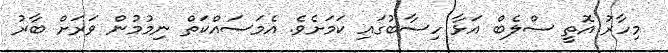
މިހާރު އޮތީ ސްލެބް އަޅާ ހިސާބުގައި ކަމަށެވެ. އެމަސައްކަތް ނިމުމުން ވަރަށް ބާރު